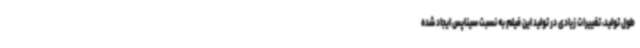
طول تولید، تغییرات زیادی در تولید این فیلم به نسبت سیناپس ایجاد شده